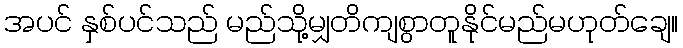
အပင် နှစ်ပင်သည် မည်သို့မျှတိကျစွာတူနိုင်မည်မဟုတ်ချေ။